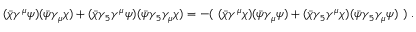
( { \bar { \chi } } \gamma ^ { \mu } \psi ) ( { \bar { \psi } } \gamma _ { \mu } \chi ) + ( { \bar { \chi } } \gamma _ { 5 } \gamma ^ { \mu } \psi ) ( { \bar { \psi } } \gamma _ { 5 } \gamma _ { \mu } \chi ) = - ( ~ ( { \bar { \chi } } \gamma ^ { \mu } \chi ) ( { \bar { \psi } } \gamma _ { \mu } \psi ) + ( { \bar { \chi } } \gamma _ { 5 } \gamma ^ { \mu } \chi ) ( { \bar { \psi } } \gamma _ { 5 } \gamma _ { \mu } \psi ) ~ ) ~ .